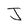
Character: J